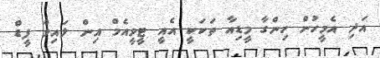
އަދި އެމީހުން ހިންގާ މީޑިއާ ތަކަކީ އެއީ ޓީވީއެމް އިން ލައިވް ފީޑް